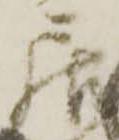
居